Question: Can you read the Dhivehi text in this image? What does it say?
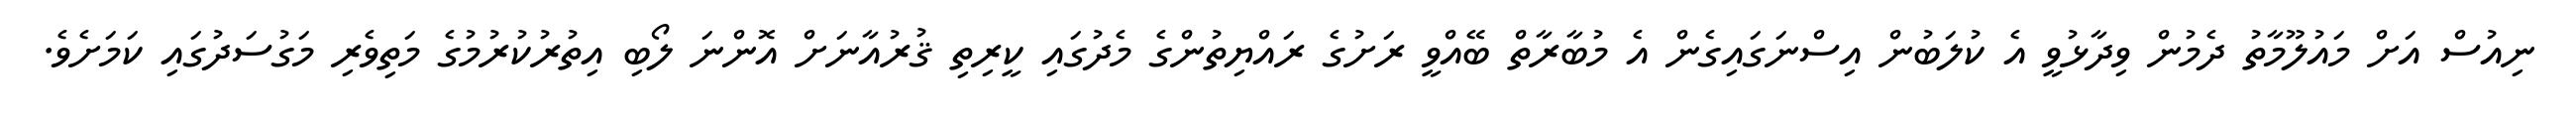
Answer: ނިއުސް އަށް މައުލޫމާތު ދެމުން ވިދާޅުވީ އެ ކުލަބުން އިސްނަގައިގެން އެ މުބާރާތް ބޭއްވީ ރަށުގެ ރައްޔިތުންގެ މެދުގައި ކީރިތި ޤުރުއާނަށް އޮންނަ ލޯބި އިތުރުކުރުމުގެ މަތިވެރި މަގުސަދުގައި ކަމަށެވެ.